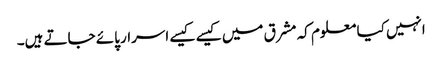
انہیں کیا معلوم کہ مشرق میں کیسے کیسے اسرار پائے جاتے ہیں۔